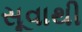
સૂવાથી